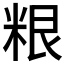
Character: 𮇜